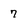
Character: 7